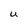
Character: U